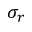
\sigma _ { r }